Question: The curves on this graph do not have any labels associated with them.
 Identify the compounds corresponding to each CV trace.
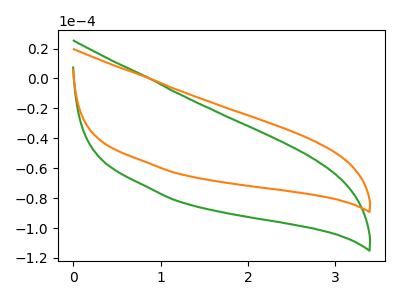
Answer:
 <answer>The green curve does not have a label. The orange curve does not have a label.</answer>
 <eval></eval>